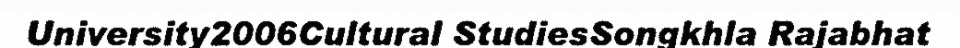
University2006Cultural StudiesSongkhla Rajabhat